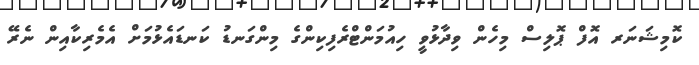
ކޮމިޝަނަރ އޮފް ޕޮލިސް މިހެން ވިދާޅުވީ ހިއުމަންޓްރެފިކިންގެ މިންގަނޑު ކަނޑައެޅުމަށް އެމެރިކާއިން ނެރޭ